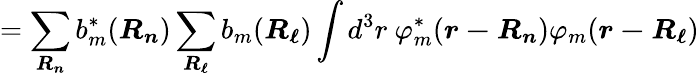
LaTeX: =\sum_{\boldsymbol{R_{n}}}b_{m}^{*}({\boldsymbol{R_{n}}})\sum_{\boldsymbol{R_{\ell}}}b_{m}({\boldsymbol{R_{\ell}}})\int d^{3}r\ \varphi_{m}^{*}({\boldsymbol{r-R_{n}}})\varphi_{m}({\boldsymbol{r-R_{\ell}}})